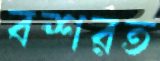
বশরত